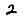
Digit: 2